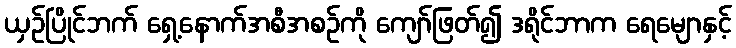
ယှဉ်ပြိုင်ဘက် ရှေ့နောက်အစီအစဉ်ကို ကျော်ဖြတ်၍ ဒရိုင်ဘာက ရေမျောနှင့်